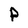
Character: P